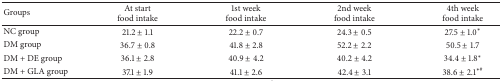
| Groups | At startfood intake | 1st weekfood intake | 2nd weekfood intake | 4th weekfood intake |
 | --- | --- | --- | --- | --- |
 | NC group | 21.2 ± 1.1 | 22.2 ± 0.7 | 24.3 ± 0.5 | 27.5 ± 1.0∗ |
 | DM group | 36.7 ± 0.8 | 41.8 ± 2.8 | 52.2 ± 2.2 | 50.5 ± 1.7 |
 | DM + DE group | 36.1 ± 2.8 | 40.9 ± 4.2 | 40.2 ± 4.2 | 34.4 ± 1.8∗ |
 | DM + GLA group | 37.1 ± 1.9 | 41.1 ± 2.6 | 42.4 ± 3.1 | 38.6 ± 2.1∗# |